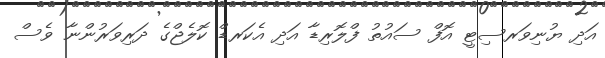
އަދި ޔުނިވަރސިޓީ އޮފް ސައުތު ފްލޮރިޑާ އަދި އެކަރޑް ކޮލެޖްގެ ދަރިވަރުންނާ ވެސް